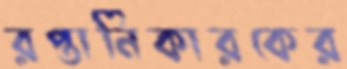
রপ্তানিকারকের